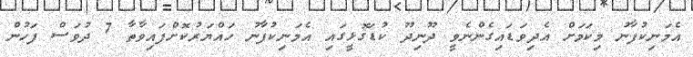
އެމަނިކުފާނު މިކަމަށް އެދިވަޑައިގެންނެވީ ދޫނިދޫ ކުޑަގޮޅީގައި އެމަނިކުފާނު ހައްޔަރުކޮށްފައިވާތާ 7 ދުވަސް ފަހުން